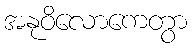
အနုဝိလောကေတွာ